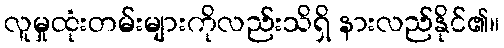
လူမှုထုံးတမ်းများကိုလည်းသိရှိ နားလည်နိုင်၏။